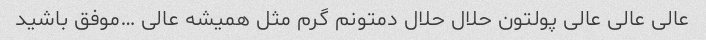
عالی عالی عالی پولتون حلال حلال دمتونم گرم مثل همیشه عالی …موفق باشید